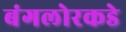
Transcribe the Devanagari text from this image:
बंगलोरकडे